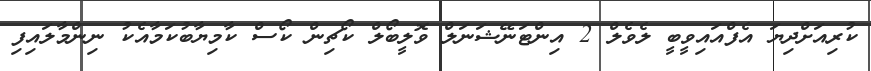
ކުރިއަށްދިޔަ އެފްއައިވީބީ ލެވެލް 2 އިންޓަނޭޝަނަލް ވޮލީބޯލް ކޯޗިން ކޯސް ކާމިޔާބުކަމާއެކު ނިންމާލައިފި